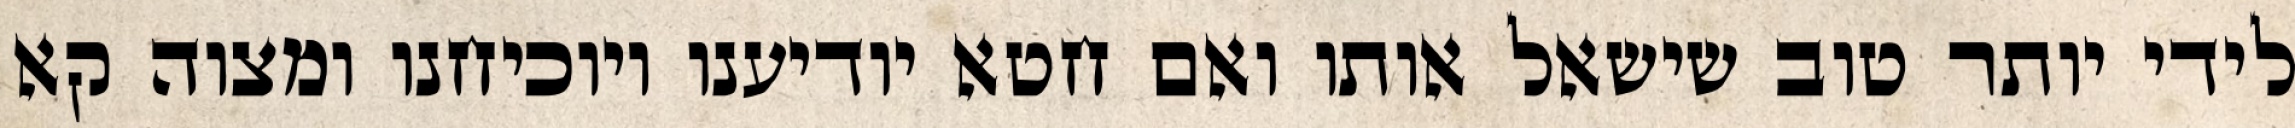
לידי יותר טוב שישאל אותו ואם חטא יודיענו ויוכיחנו ומצוה קא